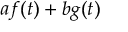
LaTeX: a f ( t ) + b g ( t )